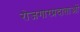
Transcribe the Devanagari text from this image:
रोजगारप्रदाताओं